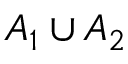
A _ { 1 } \cup A _ { 2 }